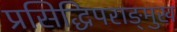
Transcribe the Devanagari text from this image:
प्रसिद्धिपराङ्‍मुख